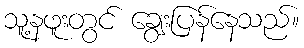
သူ့နဖူးတွင် ချွေးပြန်နေသည်။